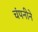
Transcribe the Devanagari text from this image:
चंपनीने